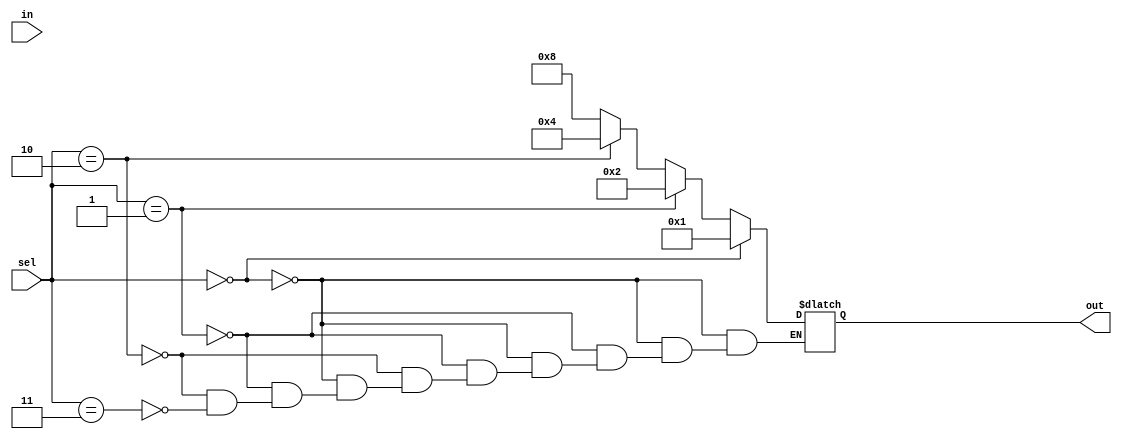
module Demux_if(in, sel, out);
	input 		in;
	input [1:0]	sel;
	output [3:0]	out;

	reg [3:0]		out;

	always @(sel or in)
		begin
			if (sel == 2'b00)
				out = 1;
			else if (sel == 2'b01)
				out = 2;
			else if (sel == 2'b10)
				out = 4;
			else if (sel == 2'b11)
				out = 8;
		end
endmodule